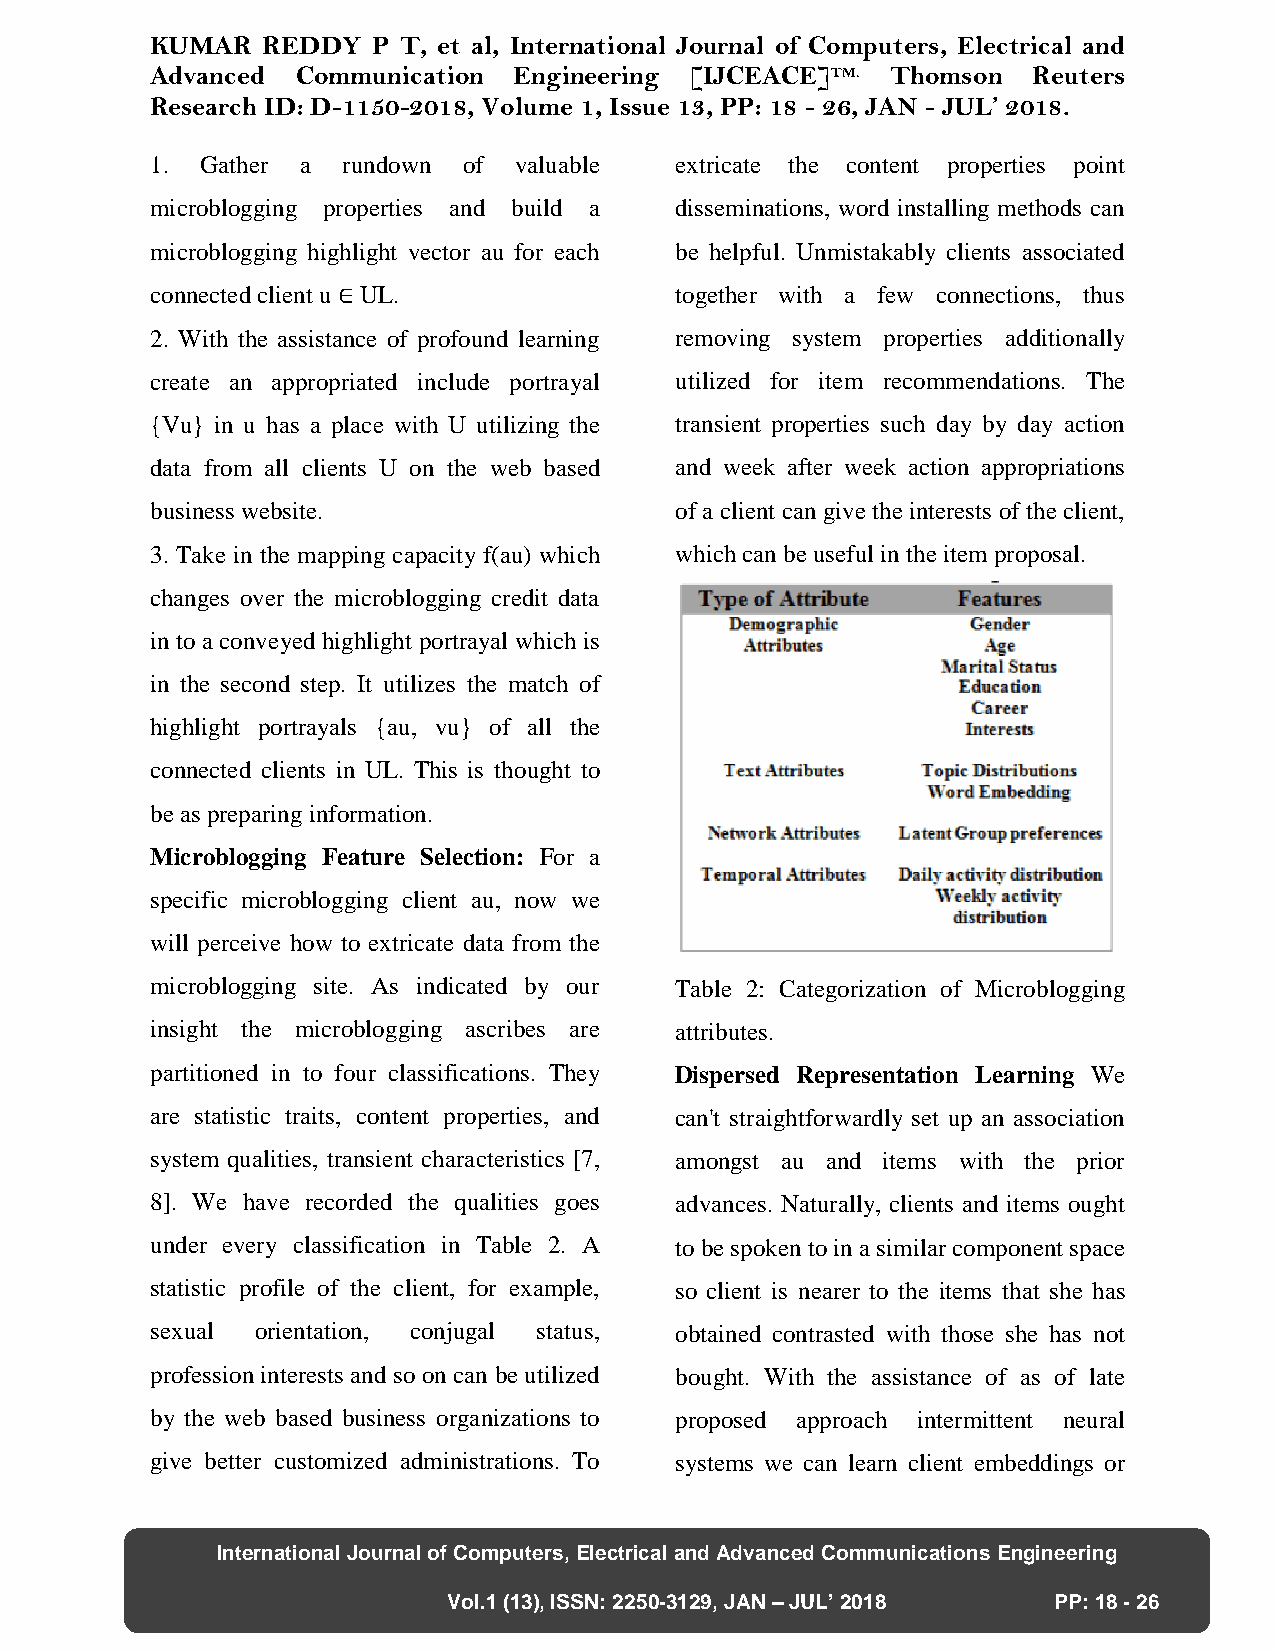
KUMAR  REDDY   P T, et al, International Journal of Computers, Electrical and
 Advanced  Communication Engineering [IJCEACE]TM. Thomson  Reuters
 Research ID: D-1150-2018, Volume 1, Issue 13, PP: 18 - 26, JAN - JUL’ 2018.
 1. Gather a  rundown of valuable   extricate the content properties point
 microblogging properties and build a disseminations, word installing methods can
 microblogging highlight vector au for each be helpful. Unmistakably clients associated
 connected client u ∈ UL.           together with a few connections, thus
 2. With the assistance of profound learning removing system properties additionally
 create an appropriated include portrayal utilized for item recommendations. The
 {Vu} in u has a place with U utilizing the transient properties such day by day action
 data from all clients U on the web based and week after week action appropriations
 business website.                  of a client can give the interests of the client,
 3. Take in the mapping capacity f(au) which which can be useful in the item proposal.
 changes over the microblogging credit data
 in to a conveyed highlight portrayal which is
 in the second step. It utilizes the match of
 highlight portrayals {au, vu} of all the
 connected clients in UL. This is thought to
 be as preparing information.
 Microblogging Feature Selection: For a
 specific microblogging client au, now we
 will perceive how to extricate data from the
 microblogging site. As indicated by our Table 2: Categorization of Microblogging
 insight the microblogging ascribes are attributes.
 partitioned in to four classifications. They Dispersed Representation Learning We
 are statistic traits, content properties, and can't straightforwardly set up an association
 system qualities, transient characteristics [7, amongst au and items with the prior
 8]. We have recorded the qualities goes advances. Naturally, clients and items ought
 under every classification in Table 2. A to be spoken to in a similar component space
 statistic profile of the client, for example, so client is nearer to the items that she has
 sexual orientation, conjugal status, obtained contrasted with those she has not
 profession interests and so on can be utilized bought. With the assistance of as of late
 by the web based business organizations to proposed approach intermittent neural
 give better customized administrations. To systems we can learn client embeddings or
 International Journal of Computers, Electrical and Advanced Communications Engineering
 Vol.1 (13), ISSN: 2250-3129, JAN – JUL’ 2018 PP: 18 - 26
 28